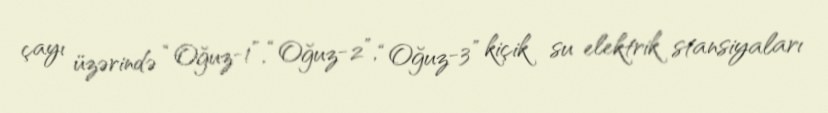
çayı üzərində “Oğuz-1”, “Oğuz-2”, “Oğuz-3” kiçik su elektrik stansiyaları